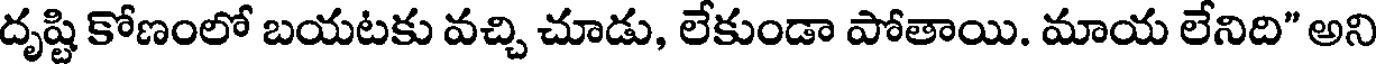
దృష్టి కోణంలో బయటకు వచ్చి చూడు, లేకుండా పోతాయి. మాయ లేనిది" అని